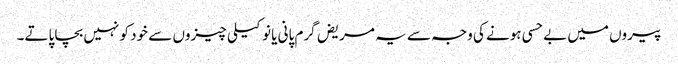
پیروں میں بے حسی ہونے کی وجہ سے یہ مریض گرم پانی یا نوکیلی چیزوں سے خود کو نہیں بچا پاتے۔